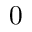
0